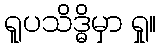
ရူပသိဒ္ဓိမှာ ရှု။